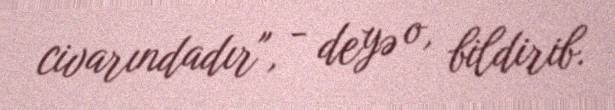
civarındadır", - deyə o, bildirib.